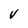
Character: V